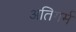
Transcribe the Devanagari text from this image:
अतिगर्म